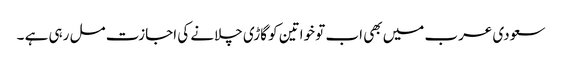
سعودی عرب میں بھی اب تو خواتین کو گاڑی چلانے کی اجازت مل رہی ہے ۔